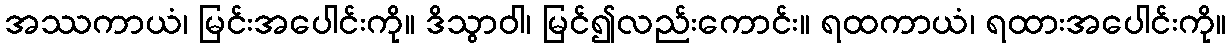
အဿကာယံ၊ မြင်းအပေါင်းကို။ ဒိသွာဝါ၊ မြင်၍လည်းကောင်း။ ရထကာယံ၊ ရထားအပေါင်းကို။